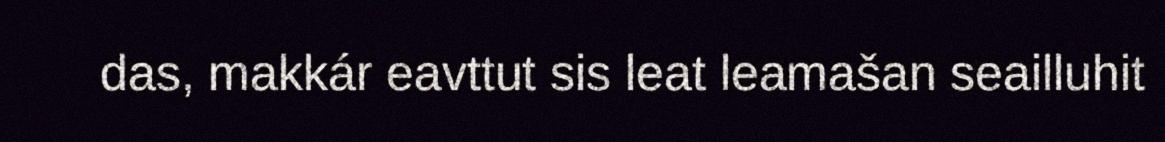
das, makkár eavttut sis leat leamašan seailluhit